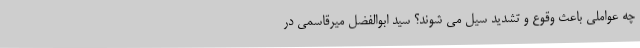
چه عواملی باعث وقوع و تشدید سیل می شوند؟ سید ابوالفضل میرقاسمی در